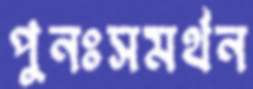
পুনঃসমর্থন